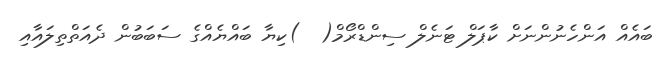
ބައެއް އަންހެނުންނަށް ކާޕަލް ޓަނެލް ސިންޑްރޯމް(  )ކިޔާ ބައްޔެއްގެ ސަބަބުން ދެއަތްތިލައާއި